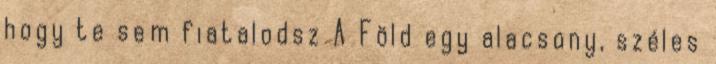
hogy te sem fiatalodsz A Föld egy alacsony, széles